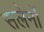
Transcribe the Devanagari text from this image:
सलेर्नो